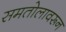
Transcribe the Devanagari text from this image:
समतोलावरून